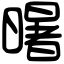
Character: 龧